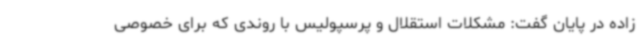
زاده در پایان گفت: مشکلات استقلال و پرسپولیس با روندی که برای خصوصی